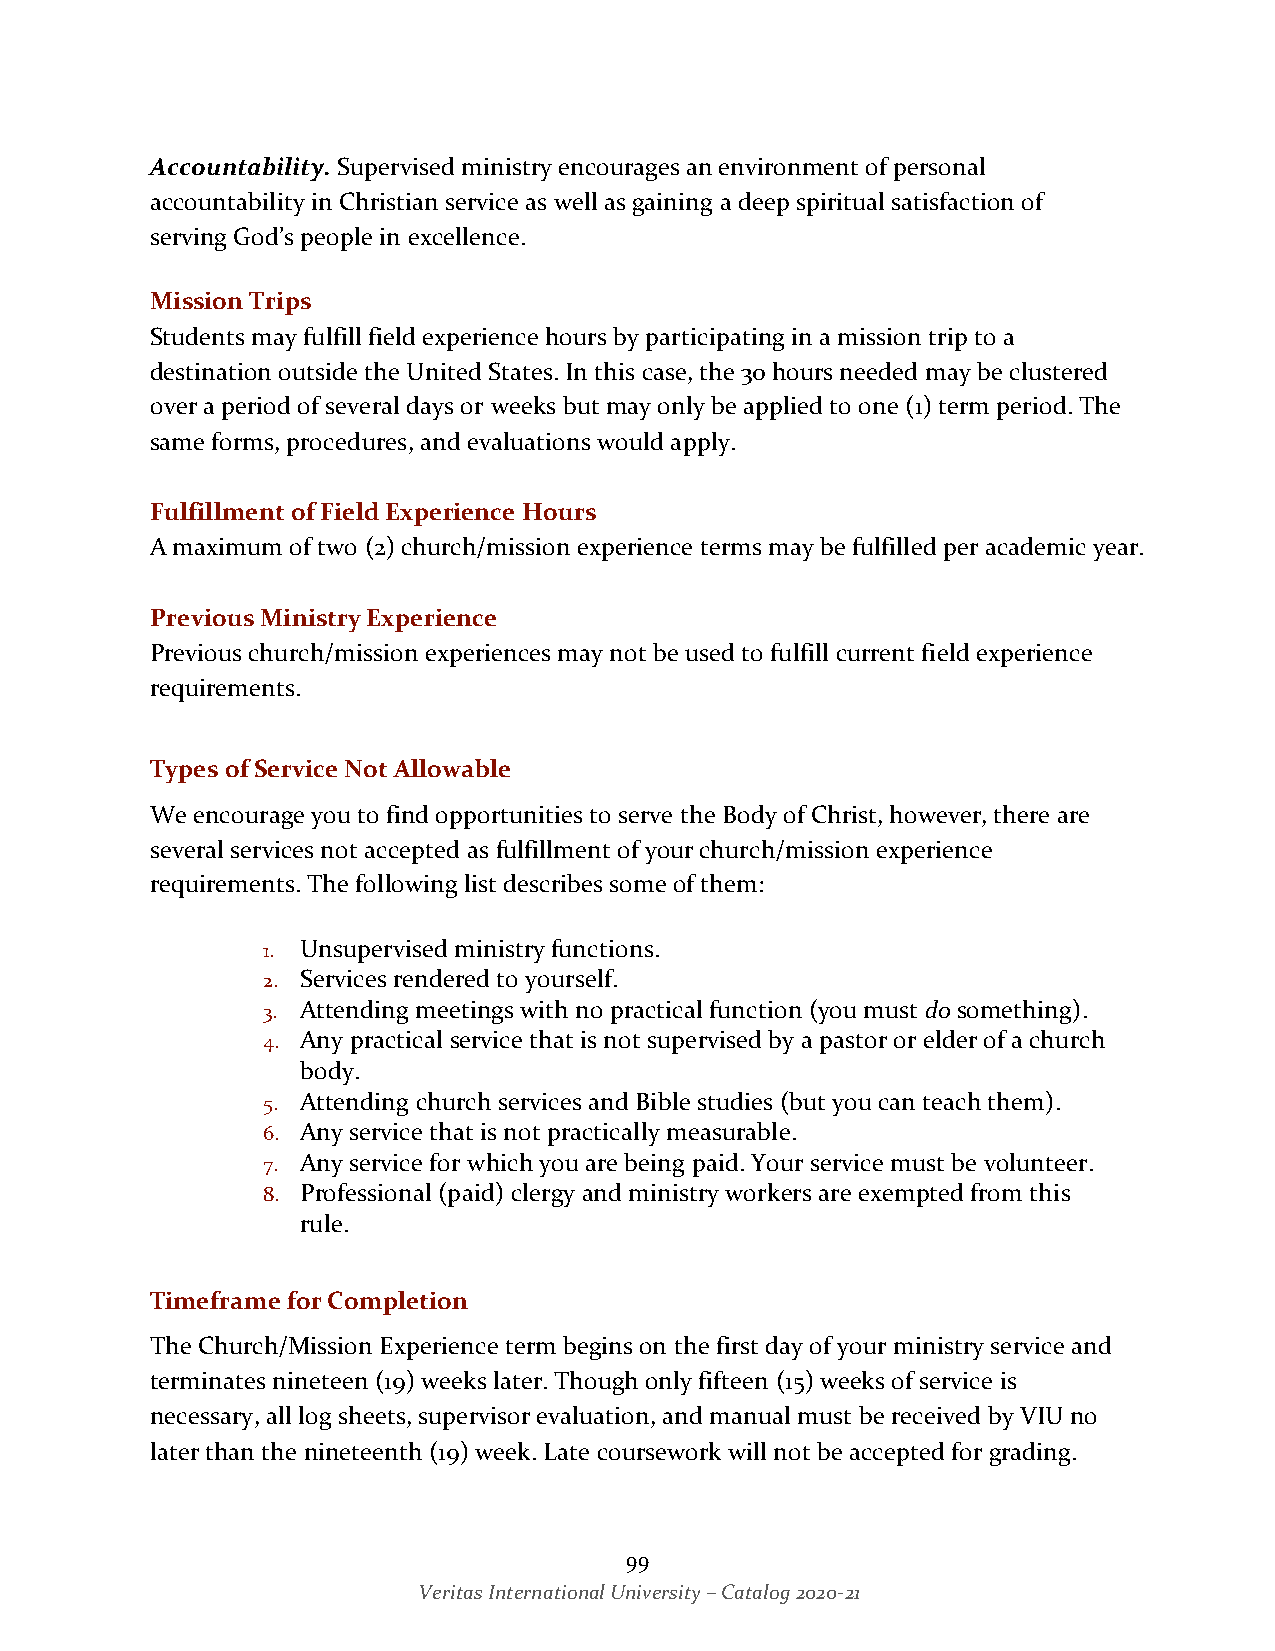
Accountability. Supervised ministry encourages an environment of personal
 accountability in Christian service as well as gaining a deep spiritual satisfaction of
 serving God’s people in excellence.
 Mission Trips
 Students may fulfill field experience hours by participating in a mission trip to a
 destination outside the United States. In this case, the 30 hours needed may be clustered
 over a period of several days or weeks but may only be applied to one (1) term period. The
 same forms, procedures, and evaluations would apply.
 Fulfillment of Field Experience Hours
 A maximum of two (2) church/mission experience terms may be fulfilled per academic year.
 Previous Ministry Experience
 Previous church/mission experiences may not be used to fulfill current field experience
 requirements.
 Types of Service Not Allowable
 We encourage you to find opportunities to serve the Body of Christ, however, there are
 several services not accepted as fulfillment of your church/mission experience
 requirements. The following list describes some of them:
 1. Unsupervised ministry functions.
 2. Services rendered to yourself.
 3. Attending meetings with no practical function (you must do something).
 4. Any practical service that is not supervised by a pastor or elder of a church
 body.
 5. Attending church services and Bible studies (but you can teach them).
 6. Any service that is not practically measurable.
 7. Any service for which you are being paid. Your service must be volunteer.
 8. Professional (paid) clergy and ministry workers are exempted from this
 rule.
 Timeframe for Completion
 The Church/Mission Experience term begins on the first day of your ministry service and
 terminates nineteen (19) weeks later. Though only fifteen (15) weeks of service is
 necessary, all log sheets, supervisor evaluation, and manual must be received by VIU no
 later than the nineteenth (19) week. Late coursework will not be accepted for grading.
 99
 Veritas International University – Catalog 2020-21